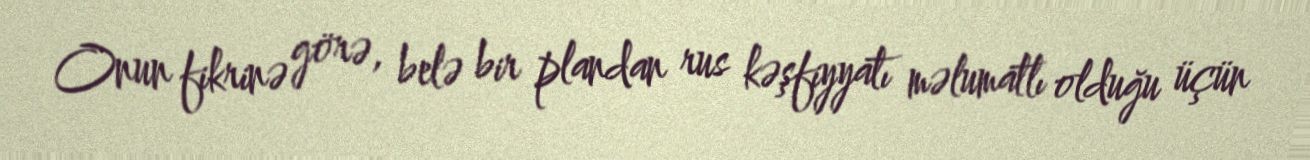
Onun fikrinə görə, belə bir plandan rus kəşfiyyatı məlumatlı olduğu üçün